Problem: 2 × 2 = ?
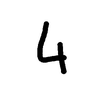
Handwritten answer: 4